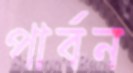
পার্বন